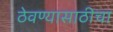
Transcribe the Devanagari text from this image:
ठेवण्यासाठीचा